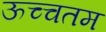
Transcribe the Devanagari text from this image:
ऊच्चतम